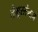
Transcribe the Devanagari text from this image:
तैमूरलंगाने